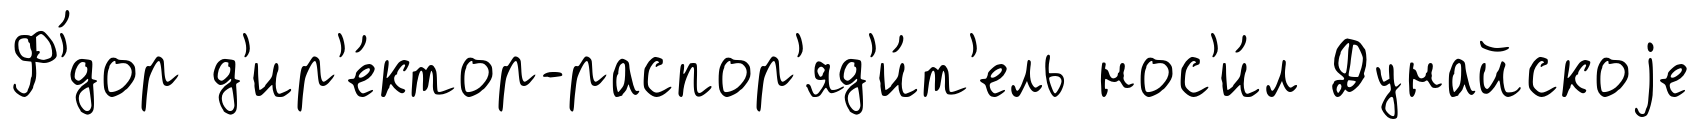
Ф'́дор д'ир'е́ктор-распор'яд'и́т'ель нос'и́л Дунайскоjе